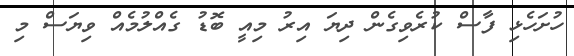
ހުށަހެޅި ފާސް ކުރެވިގެން ދިޔަ އިރު މިއީ ބޮޑު ގެއްލުމެއް ވިޔަސް މި